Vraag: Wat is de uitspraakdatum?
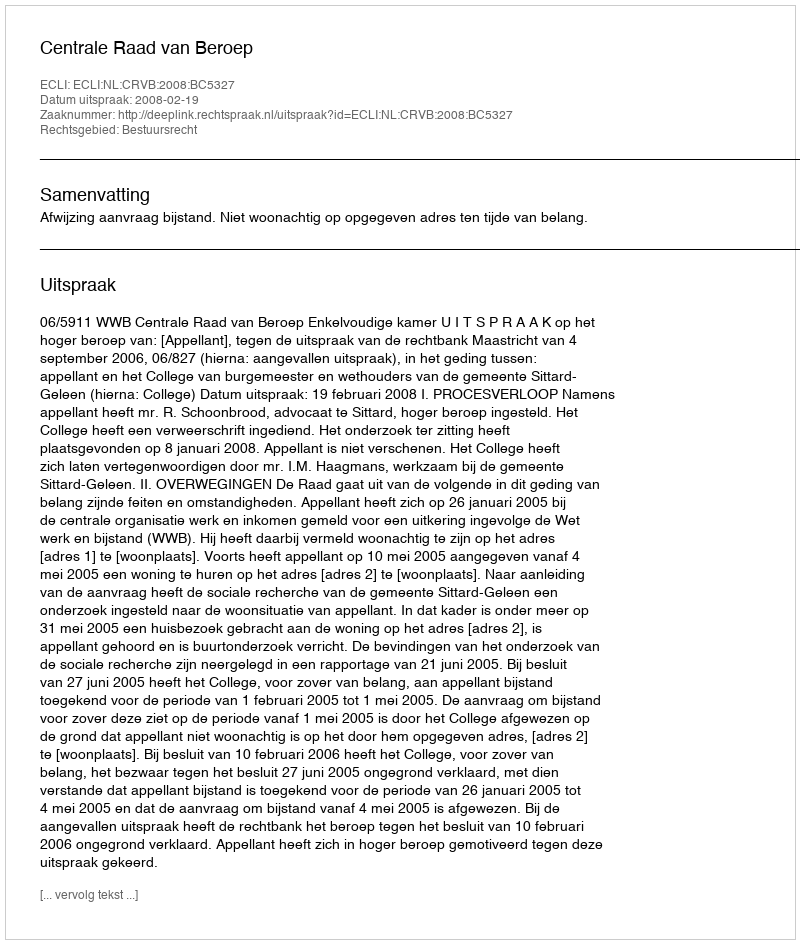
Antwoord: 2008-02-19